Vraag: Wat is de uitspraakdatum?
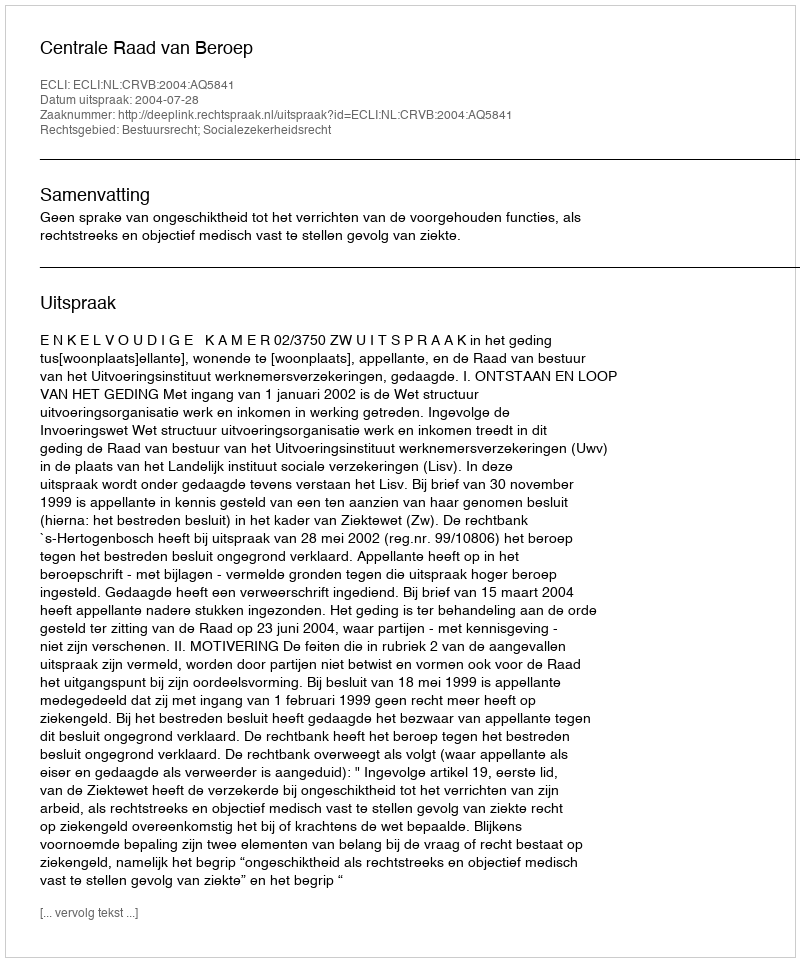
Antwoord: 2004-07-28